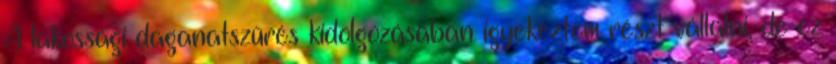
A lakossági daganatszűrés kidolgozásában igyekeztem részt vállalni, de ez